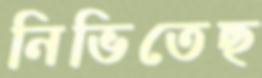
নিভিতেছ